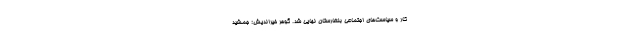
کار و سیاست‌های اجتماعی بلغارستان نهایی شد. گوهر خیراندیش: جمشید